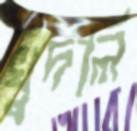
খুদলি